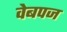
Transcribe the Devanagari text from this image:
वेबपज